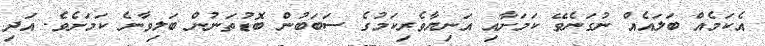
އެކަމެއް ބަލައެއް ނުގަނެވޭ ކަމަށާއި އަނިޔާވެރިކަމުގެ ސަބަބުން ބޮޑުތަނުން ބަލިވާނެ ކަމަށެވެ. އަދި